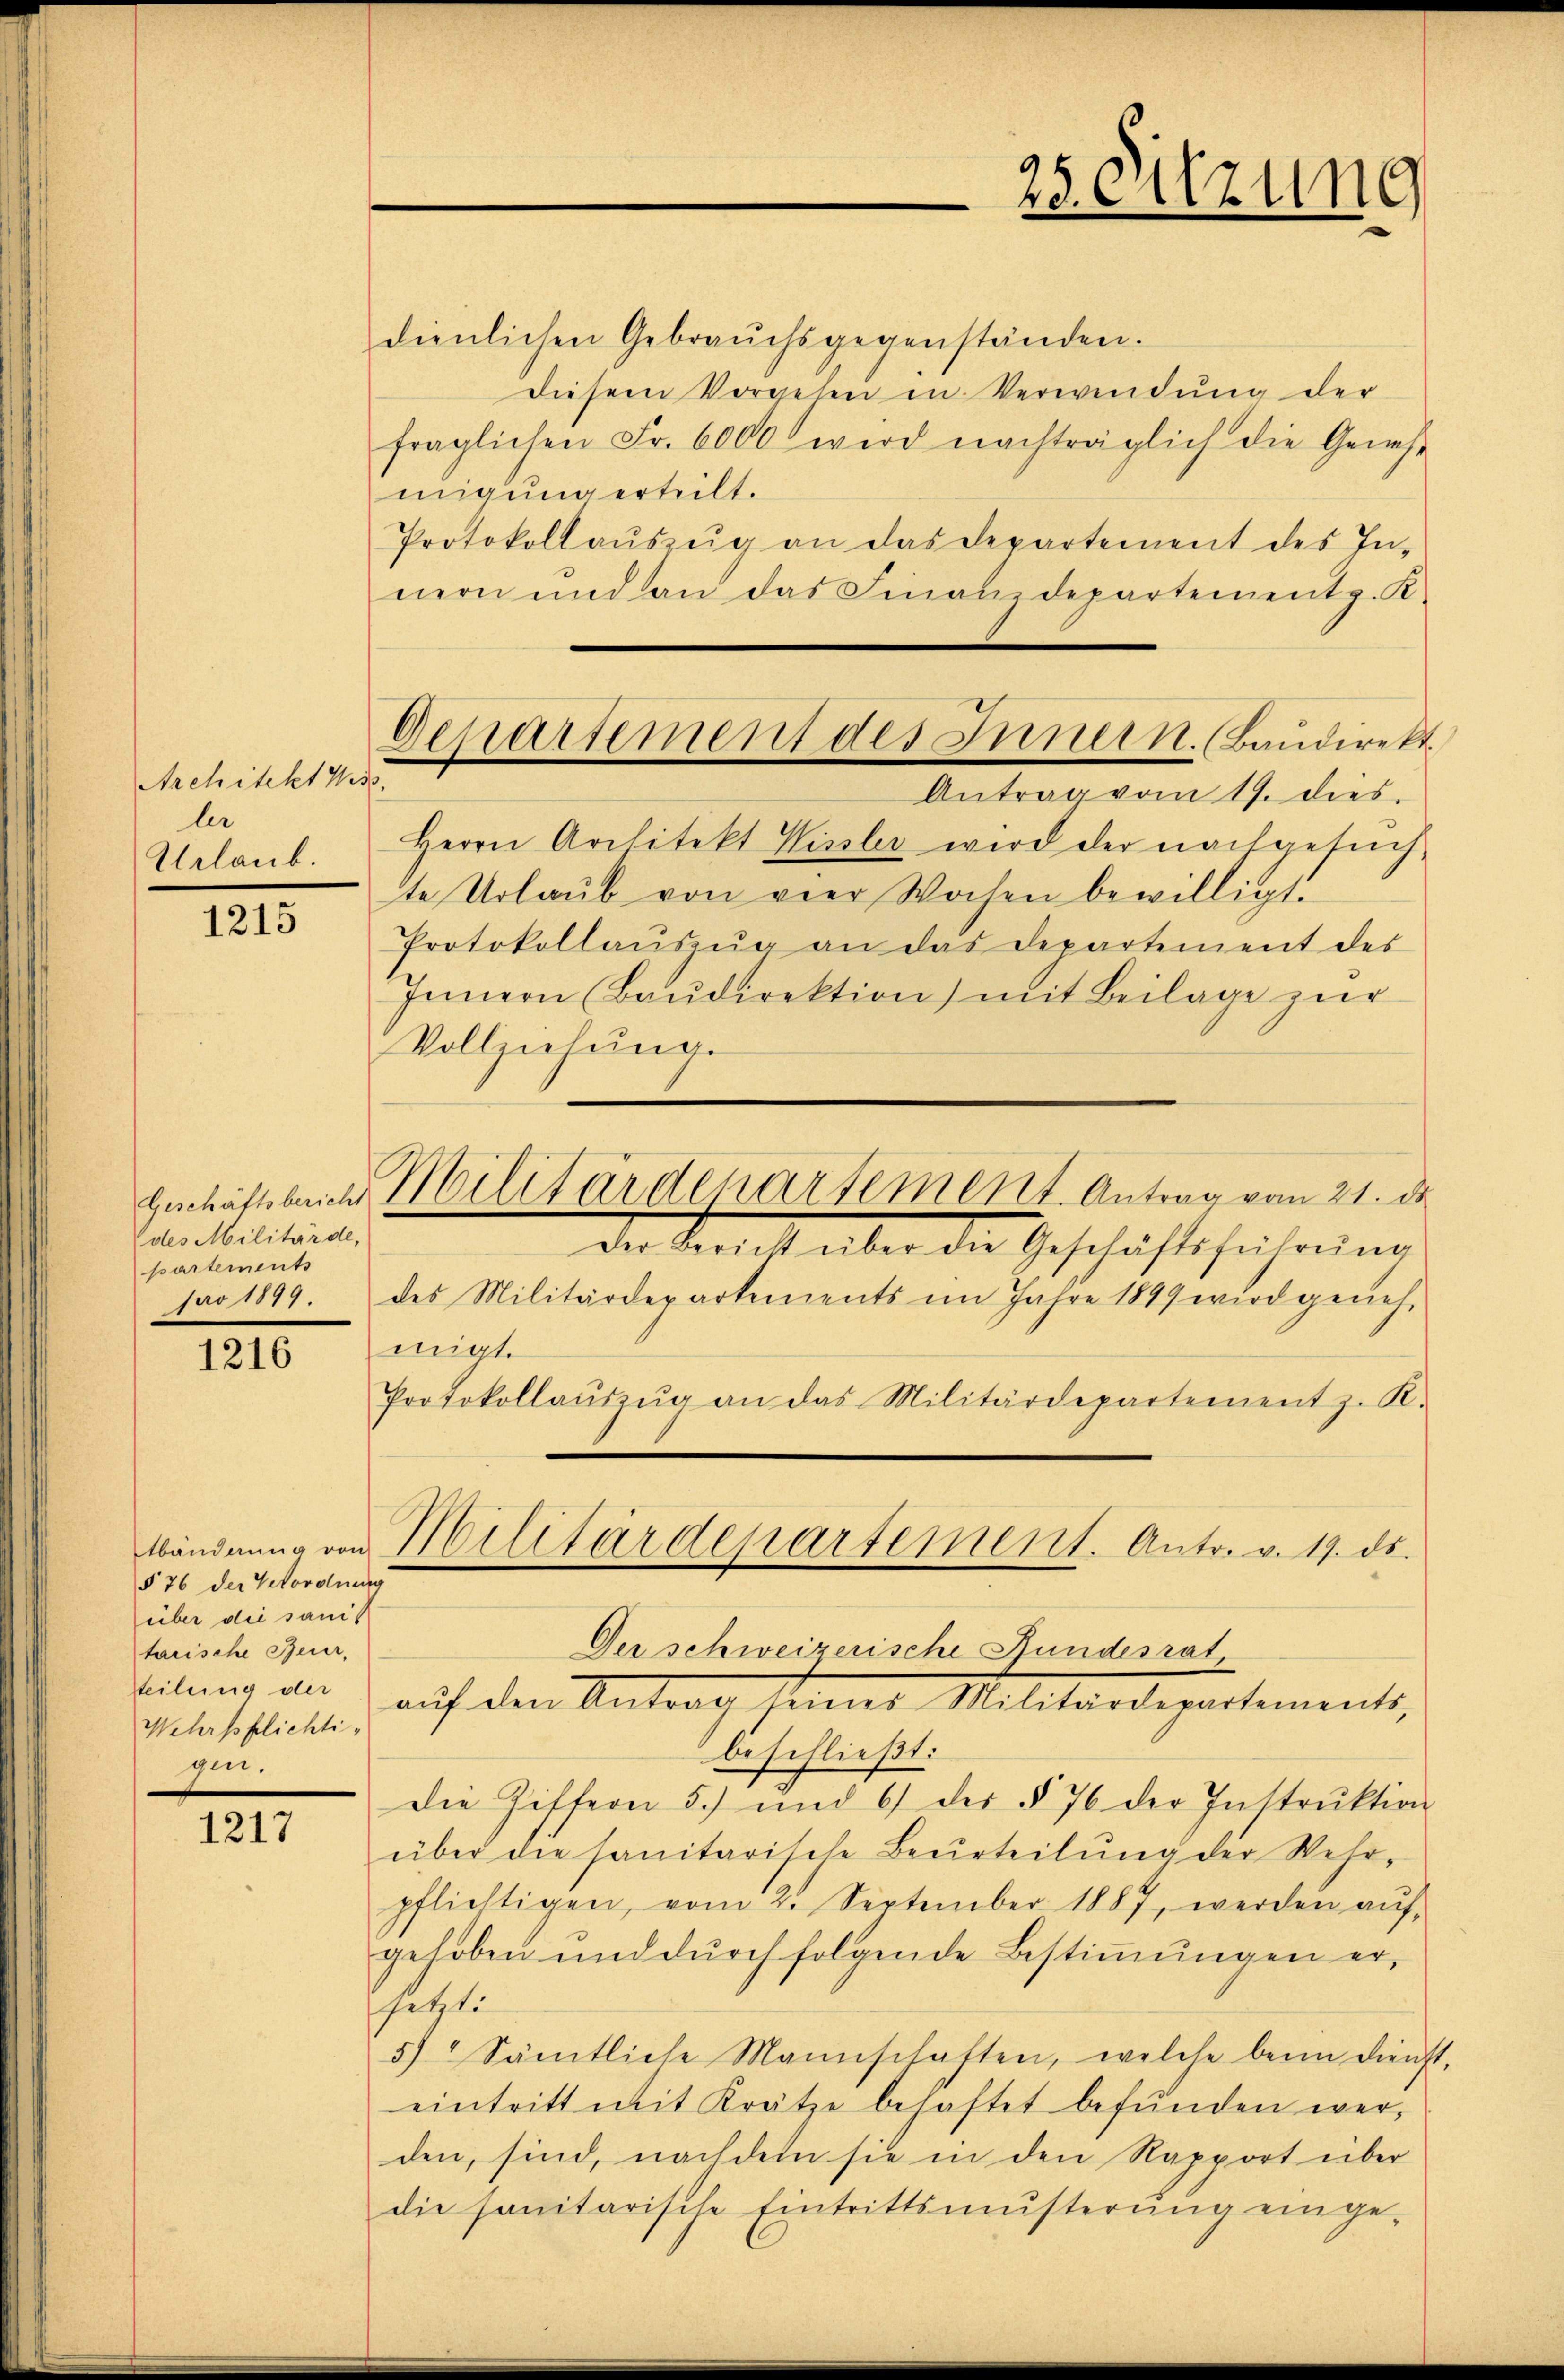
Architekt Keise.
ler
Urlaub.

1215

Geschäftsbericht
des Militärde,
partements
ao 1817.

1216

§ 76 der Verordnung
über die sanit
tarische Beur,
tteilung der
Wehrpflichtihin.

1217

Gepartement des Innern. (Baudirekt

Militärdepartement. Antrag vom 21. d.

dienlichen Gebrauchsgegenständen.
diesem Vorgehen in Verwendŭng der
fraglichen Fr. 6000 wird nachträglich die Geneh-
migung erteilt.
Protokollaŭszŭg an das Departement des In-
nern und an das Finanzdepartement z. K.
Antrag vom 19. dies
Herrn Architekt Wissler wird der nachgesŭch-
te Urlaŭb von vier Wochen bewilligt.
Protokollaŭszŭg an das Departement des
Innern (Baŭdirektion) mit Beilage zur
Vollziehung.
Der Bericht über die Geschäftsführŭng
des Militärdepartements im Jahre 1899 wird genehmigt.
Protokollaŭszŭg an das Militärdepartement z. R.
bänderung von Militärdepartement. Antr. v. 19. ds.
Der schweizerische Fundesrat
auf den Antrag seines Militärdepartements,
beschließt:
Die Ziffern 5. und 6 des § 76 der Instrŭktion
über die sanitarische Beurteilŭng der Wehr-
pflichtigen, vom 2. September 1887, werden aŭf-
gehoben und durch folgende Bestimmungen ersetzt.
5) Sämtliche Mannschaften, welche beim Dienst
eintritt mit Krätze behaftet befŭnden werden, sind, nachdem sie in den Rapport über
die sanitarische Eintrittsmŭsterŭng einge-

25. Sitzung